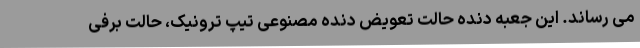
می رساند. این جعبه دنده حالت تعویض دنده مصنوعی تیپ ترونیک، حالت برفی